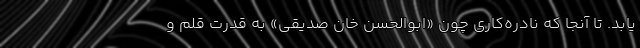
یابد. تا آنجا که نادره‌کاری چون «ابوالحسن خان صدیقی» به قدرت قلم و